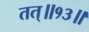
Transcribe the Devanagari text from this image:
तत्॥१३॥